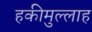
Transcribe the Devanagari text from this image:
हकीमुल्लाह